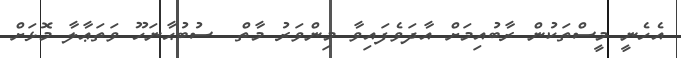
އެހެނީ މީސްތަކުން ރާބުއިމަށް އާދަވެފައިވާ މިންވަރު މާތް  ސުބުޙާނަހޫ ވަަތަޢާލާ މޮޅަށް